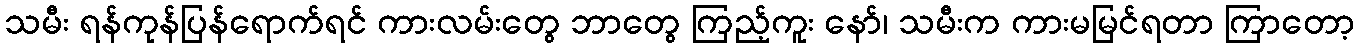
သမီး ရန်ကုန်ပြန်ရောက်ရင် ကားလမ်းတွေ ဘာတွေ ကြည့်ကူး နော်၊ သမီးက ကားမမြင်ရတာ ကြာတော့